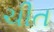
ચીત